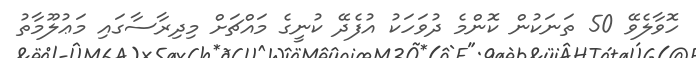
ހޮވާލެވޭ 50 ތަނަކުން ކޮންމެ ދުވަހަކު އުފެދޭ ކުނީގެ މައްޗަށް މިދިރާސާގައި މަޢުލޫމާތު